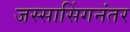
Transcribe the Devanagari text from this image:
जस्सासिंगनंतर